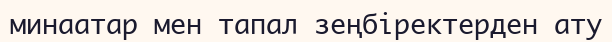
минаатар мен тапал зеңбіректерден ату